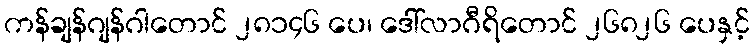
ကန်ချန်ဂျန်ဂါတောင် ၂၈၁၄၆ ပေ၊ ဒေါ်လာဂီရိတောင် ၂၆၈၂၆ ပေနှင့်